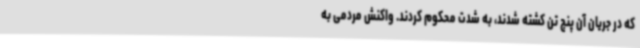
که در جریان آن پنج تن کشته شدند، به شدت محکوم کردند. واکنش مردمی به